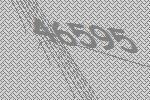
46595